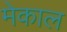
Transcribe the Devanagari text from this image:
मेकाल